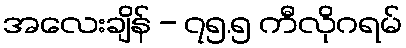
အလေးချိန် - ၇၅.၅ ကီလိုဂရမ်